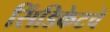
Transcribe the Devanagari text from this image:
सिंडिकेटचे